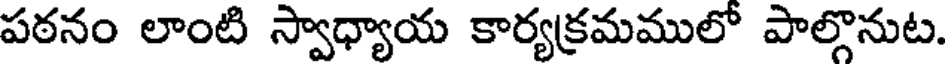
పఠనం లాంటి స్వాధ్యాయ కార్యక్రమములో పాల్గొనుట.